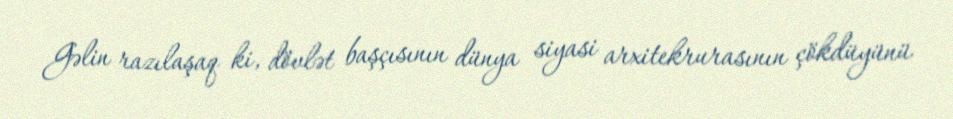
Gəlin razılaşaq ki, dövlət başçısının dünya siyasi arxitekrurasının çökdüyünü